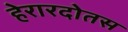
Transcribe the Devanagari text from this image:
हेरारदोतस